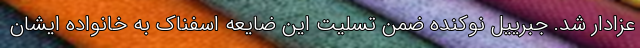
عزادار شد. جبرییل نوکنده ضمن تسلیت این ضایعه اسفناک به خانواده ایشان